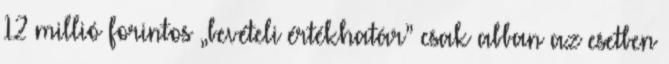
12 millió forintos „bevételi értékhatár” csak abban az esetben